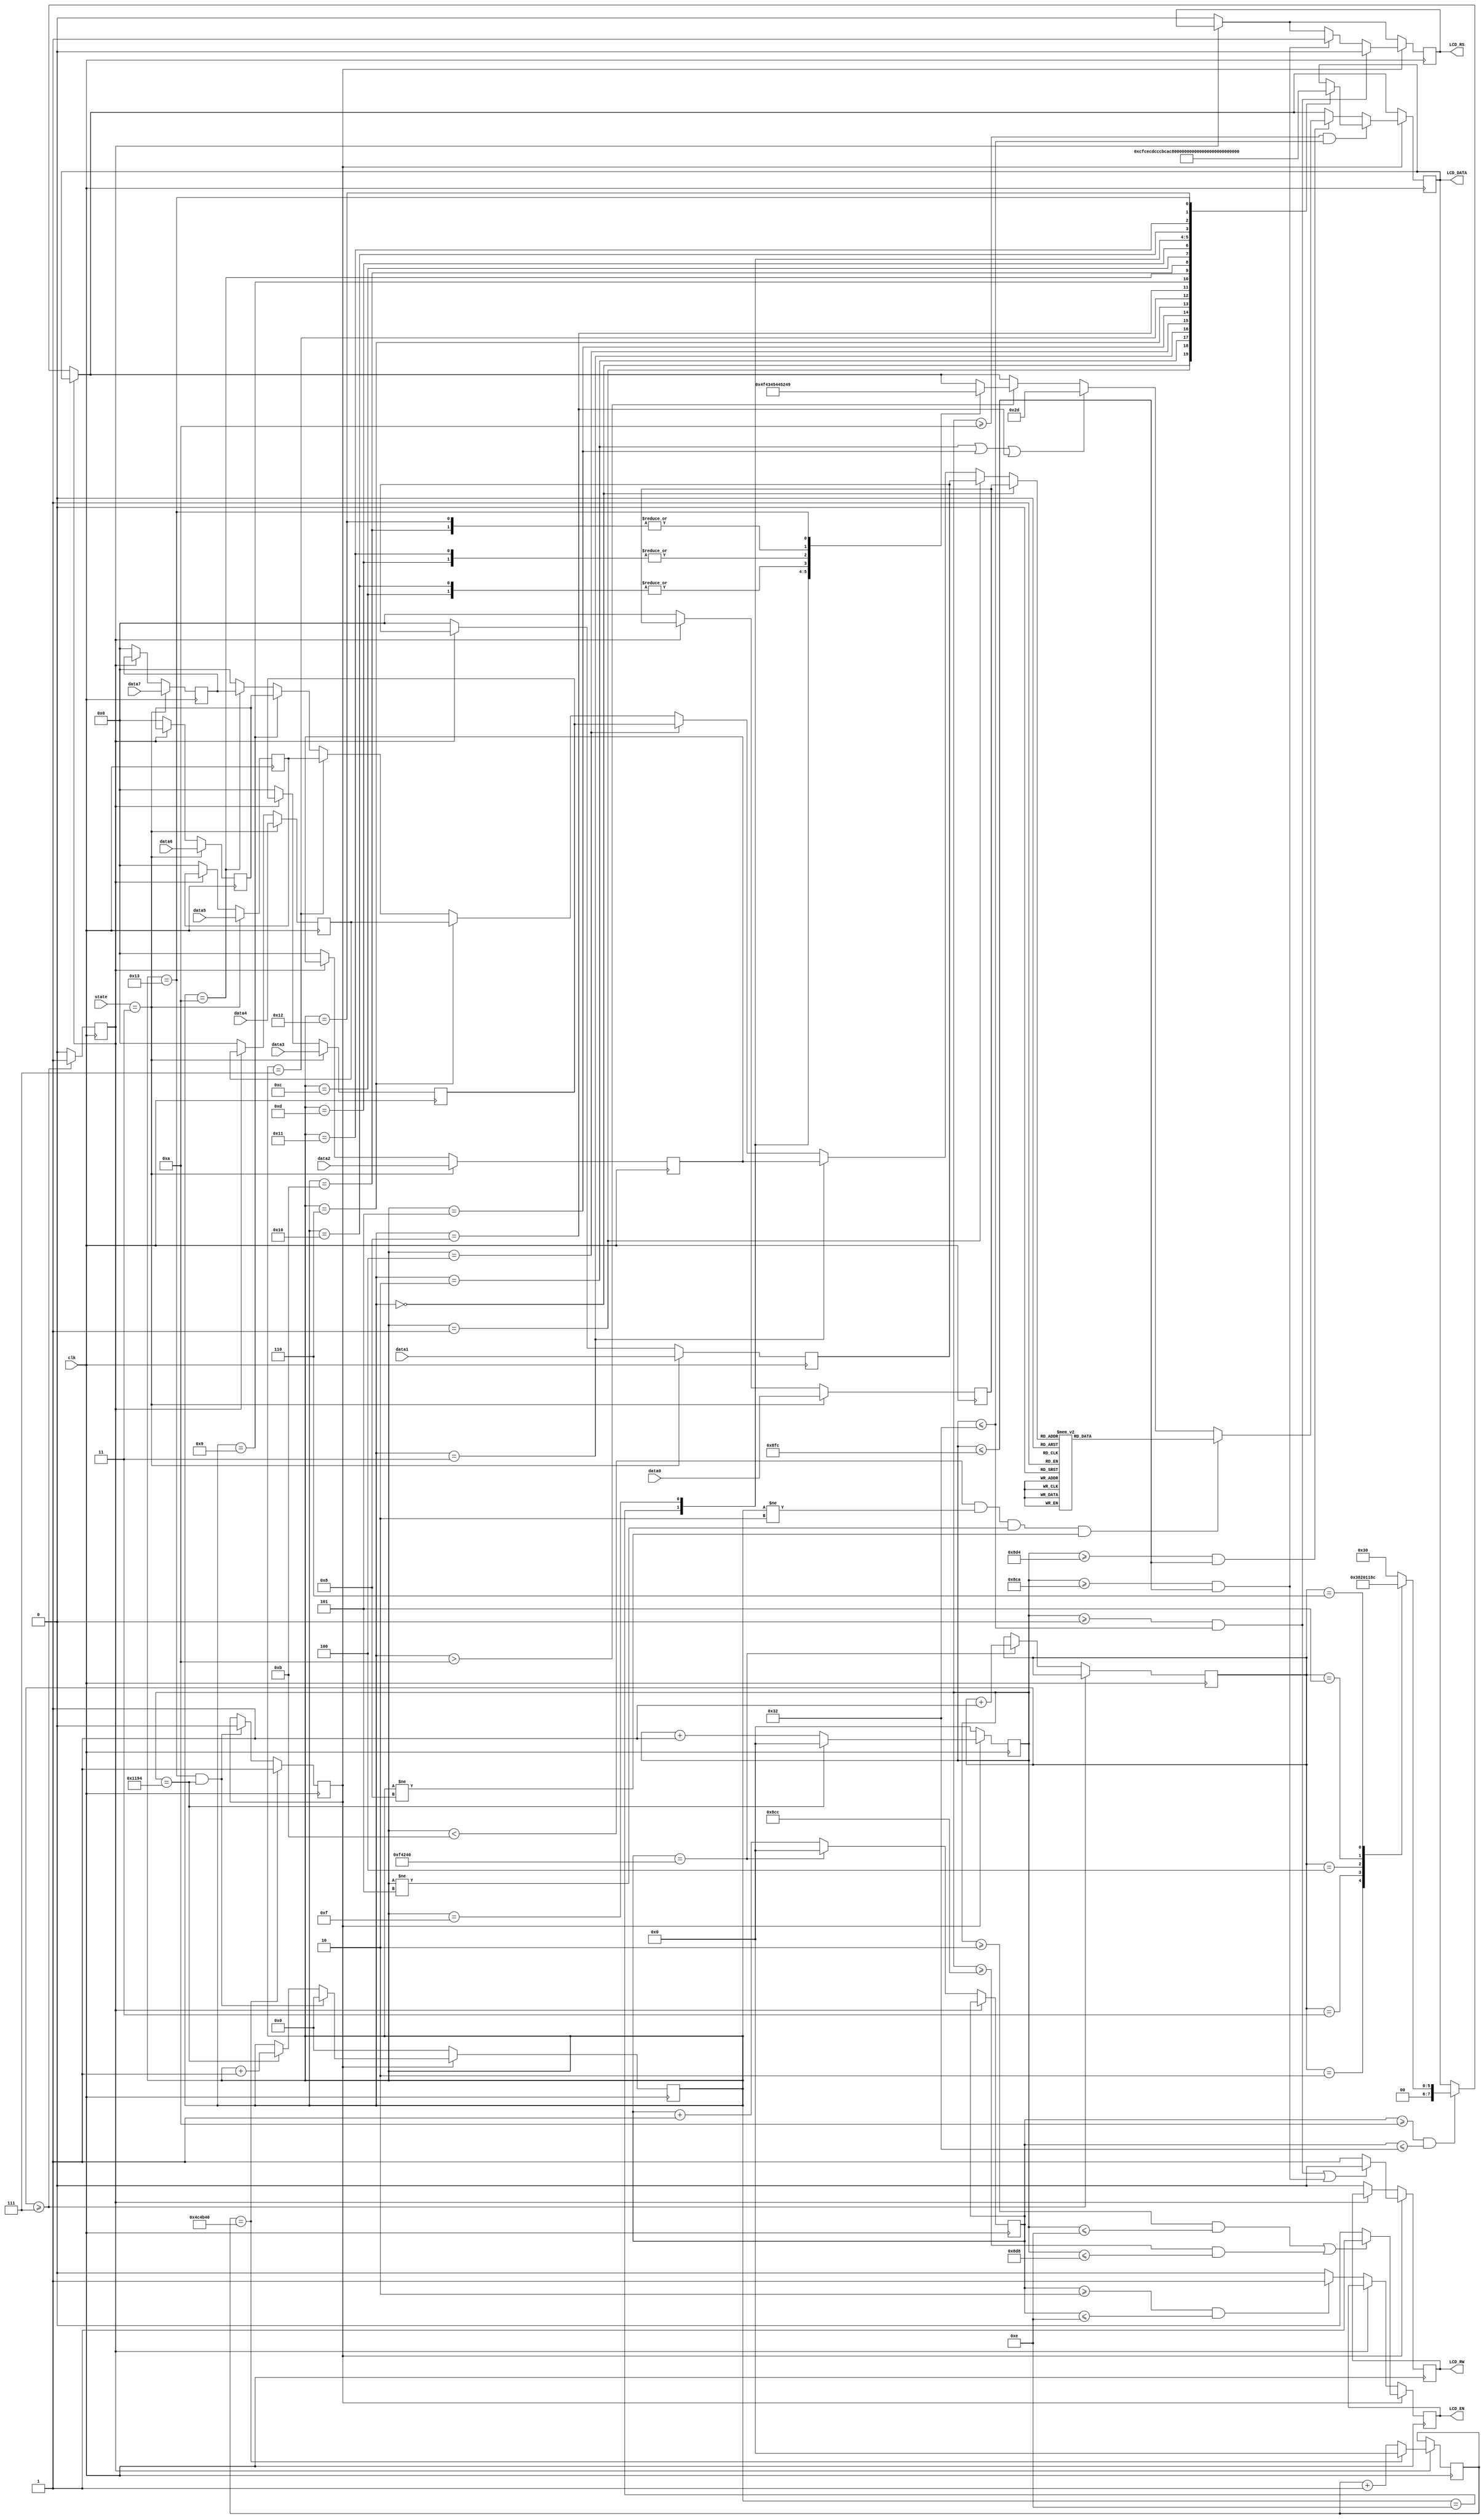
module lcd_controller(
	clk,
	LCD_EN,
	LCD_RW,
	LCD_RS,
	LCD_DATA,
	data0,
	data1,
	data2,
	data3,
	data4,
	data5,
	data6,
	data7,
	state,
);

parameter one_Micro_Sec = 50;
parameter ninety_micro_sec = 4500;
parameter twenty_mini_sec = 1000000;
parameter one_hundred_mini_sec = 5000000;

input clk;
input [1:0] state;
input [3:0]data0,data1,data2,data3,data4,data5,data6,data7;
output reg LCD_EN ,LCD_RW ,LCD_RS ;
output reg [7:0] LCD_DATA ;

reg[3:0] initial_state = 0;
reg[4:0] data_state = 0;
reg[31:0] counter = 0, counter2 = 0;
reg[31:0] display_counter = 0;
reg stop = 0,start = 0;
reg [3:0] data[7:0];
wire [3:0] number;

assign finish = (data_state == 5'h13 && counter2 == ninety_micro_sec) ? 1 : 0;
assign number = (data_state == 5'h00) ? data[0] :
									  (data_state == 5'h01) ? data[1] :
									  (data_state == 5'h03) ? data[2] :
									  (data_state == 5'h04) ? data[3] :
									  (data_state == 5'h06) ? data[4] :
									  (data_state == 5'h07) ? data[5] :
									  (data_state == 5'h09) ? data[6] :
									  (data_state == 5'h0a) ? data[7] : 0;

always@(posedge clk) begin //start
		if(state == 3) begin
				data[0] <= data0; // key_inverse2
				data[1] <= data1; // key_inverse1
				data[2] <= data2; // key2
				data[3] <= data3; // key1
				data[4] <= data4; // customer4
				data[5] <= data5; // customer3
				data[6] <= data6; // customer2
				data[7] <= data7; // customer1
		end else if(!stop) begin
				data[0] <= 0;
				data[1] <= 0;
				data[2] <= 0;
				data[3] <= 0;
				data[4] <= 0;
				data[5] <= 0;
				data[6] <= 0;
				data[7] <= 0;
		end
end

always@(posedge clk) begin //start
		if(display_counter == one_hundred_mini_sec) begin
				start <= 1;
		end else if(data_state == 5'h13 && counter2 == ninety_micro_sec) begin
				start <= 0;
		end
end

always@(posedge clk) begin //stop
		if(initial_state >= 7) begin
				stop <= 1;
		end else begin
				stop <= 0;
		end
end

always@(posedge clk) begin // initial state
		if(initial_state >= 7) begin
				initial_state <= initial_state;
		end else if(counter == twenty_mini_sec) begin
				initial_state <= initial_state + 1;
		end
end

always@(posedge clk) begin //data_state
		if(start) begin
				if(data_state == 5'h13 
				&& counter2 == ninety_micro_sec) begin
						data_state <= 0;
				end else if(counter2 == ninety_micro_sec) begin
						data_state <= data_state + 1;
				end
		end else if(!start) begin
				data_state <= 0;
		end
end

always@(posedge clk) begin //20ms counter : initial
	if(!stop) begin
		if(counter == twenty_mini_sec) begin
			counter <= 0;
		end else begin
			counter <= counter + 1;
		end
	end
end

always@(posedge clk) begin //90us counter2 : state 
	if(start) begin
		if(counter2 == ninety_micro_sec) begin
			counter2 <= 0;
		end else begin
			counter2 <= counter2 + 1;
		end
	end else if(start == 0) begin
		counter2 <= 0;
	end
end

always@(posedge clk) begin //display_counter
	if(stop) begin
		if(display_counter == one_hundred_mini_sec) begin
			display_counter <= 0;
		end else begin
			display_counter <= display_counter + 1;
		end
	end
end

always@(posedge clk) begin //LCD_RW
	if(!stop) begin //initial
		LCD_RW  <= 0;
	end 

	if(start) begin                   //0-1us
		if((counter2 >= 0 && counter2 <= 50) ||
		((counter2 >= 2250 && counter2 <= 2300))) begin //45-46us
			LCD_RW <= 0;
		end else begin
			LCD_RW <= 1;
		end
	end
end

always@(posedge clk) begin //LCD_RS
	if(!stop) begin //initial
		LCD_RS <= 0;
	end 

	if(start) begin                   //0-1us set
		if(counter2 >= 0 && counter2 <= 50) begin
			LCD_RS <= 0;
		end else if(counter2 >= 2250 && counter2 <= 2300) begin //45-46us write
			LCD_RS <= 1;
		end 
	end
end

always@(posedge clk) begin //LCD_EN
	if(!stop) begin  //40 - 270ns
		if(counter >= 2 && counter <= 14) begin
			LCD_EN  <= 1;
		end else begin
			LCD_EN  <= 0;
		end
	end

	if(start) begin  //40-270 ns
		if((counter2 >= 2 && counter2 <= 14) || 
		(counter2 >= 2252 && counter2 <= 2264)) begin //45us + 2ns - 45us + 230ns
			LCD_EN <= 1;
		end else begin
			LCD_EN <= 0;
		end
		end
	end

always@(posedge clk) begin //LCD_DATA
		if(!stop) begin
				if(counter >= 10 && counter <= 50) begin 
						case (initial_state)
							4'h1 : LCD_DATA <= 8'h30; 
							4'h2: LCD_DATA <= 8'h38; 
							4'h3: LCD_DATA <= 8'h08; 
							4'h4: LCD_DATA <= 8'h01; 
							4'h5: LCD_DATA <= 8'h06; 
							4'h6: LCD_DATA <= 8'h0c; 
							default : LCD_DATA  <= 8'h30; 
						endcase
				end
		end

		if(start) begin 
				if(counter2 >= 10 && counter2 <= 50) begin //address
						case (data_state)
							5'h00 : LCD_DATA  <= 8'hcf;
							5'h01 : LCD_DATA  <= 8'hce;
							5'h02 : LCD_DATA  <= 8'hcd; // -
							5'h03 : LCD_DATA  <= 8'hcc;
							5'h04 : LCD_DATA  <= 8'hcb;
							5'h05 : LCD_DATA  <= 8'hca; // -
							5'h06 : LCD_DATA  <= 8'hc9;
							5'h07 : LCD_DATA  <= 8'hc8;
							5'h08 : LCD_DATA  <= 8'hc7;// -
							5'h09 : LCD_DATA  <= 8'hc6;
							5'h0a : LCD_DATA  <= 8'hc5; 
							
							5'h0b : LCD_DATA  <= 8'h8f;// words adddress
							5'h0c : LCD_DATA  <= 8'h8e; 
							5'h0d : LCD_DATA  <= 8'h8d;
							5'h0e : LCD_DATA  <= 8'h8c;
							5'h0f : LCD_DATA  <= 8'h8b;
							5'h10 : LCD_DATA  <= 8'h8a;
							5'h11 : LCD_DATA  <= 8'h89;
							5'h12 : LCD_DATA  <= 8'h87;
							5'h13 : LCD_DATA  <= 8'h86;
							default : LCD_DATA  <= LCD_DATA ;
						endcase
				end else if(counter2 >= 2260 && counter2 <= 2300) begin
						if (data_state < 5'h0b && data_state != 5'h02 && data_state != 5'h05 && data_state != 5'h08) begin
								case (number)
									4'h0 : LCD_DATA  <= 8'h30; 
									4'h1 : LCD_DATA  <= 8'h31; 
									4'h2 : LCD_DATA  <= 8'h32;
									4'h3 : LCD_DATA  <= 8'h33;
									4'h4 : LCD_DATA  <= 8'h34;
									4'h5 : LCD_DATA  <= 8'h35;
									4'h6 : LCD_DATA  <= 8'h36;
									4'h7 : LCD_DATA  <= 8'h37;
									4'h8 : LCD_DATA  <= 8'h38;
									4'h9 : LCD_DATA  <= 8'h39;
									4'ha : LCD_DATA  <= 8'h41;
									4'hb : LCD_DATA  <= 8'h42;
									4'hc : LCD_DATA  <= 8'h43;
									4'hd : LCD_DATA  <= 8'h44;
									4'he : LCD_DATA  <= 8'h45;
									4'hf : LCD_DATA  <= 8'h46;
								endcase
						end else if(data_state == 5'h02 || data_state == 5'h05 || data_state == 5'h08) begin
								LCD_DATA  <= 8'h2d;
						end else if(data_state > 5'h0a) begin
								case (data_state)
										5'h0b : LCD_DATA  <= 8'h52;// R
										5'h0c : LCD_DATA  <= 8'h45; //E
										5'h0d : LCD_DATA  <= 8'h44;//D
										5'h0e : LCD_DATA  <= 8'h4f;//O
										5'h0f : LCD_DATA  <= 8'h43;//C
										5'h10 : LCD_DATA  <= 8'h45;//E
										5'h11 : LCD_DATA  <= 8'h44;//D
										5'h12 : LCD_DATA  <= 8'h52;//R
										5'h13 : LCD_DATA  <= 8'h49;//I
								endcase
						end
				end
		end		
end

endmodule